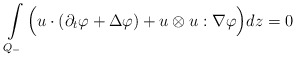
\begin{align*} \int\limits_{Q_-}\Big(u\cdot(\partial_t\varphi+\Delta \varphi)+u\otimes u:\nabla\varphi\Big)dz=0\end{align*}